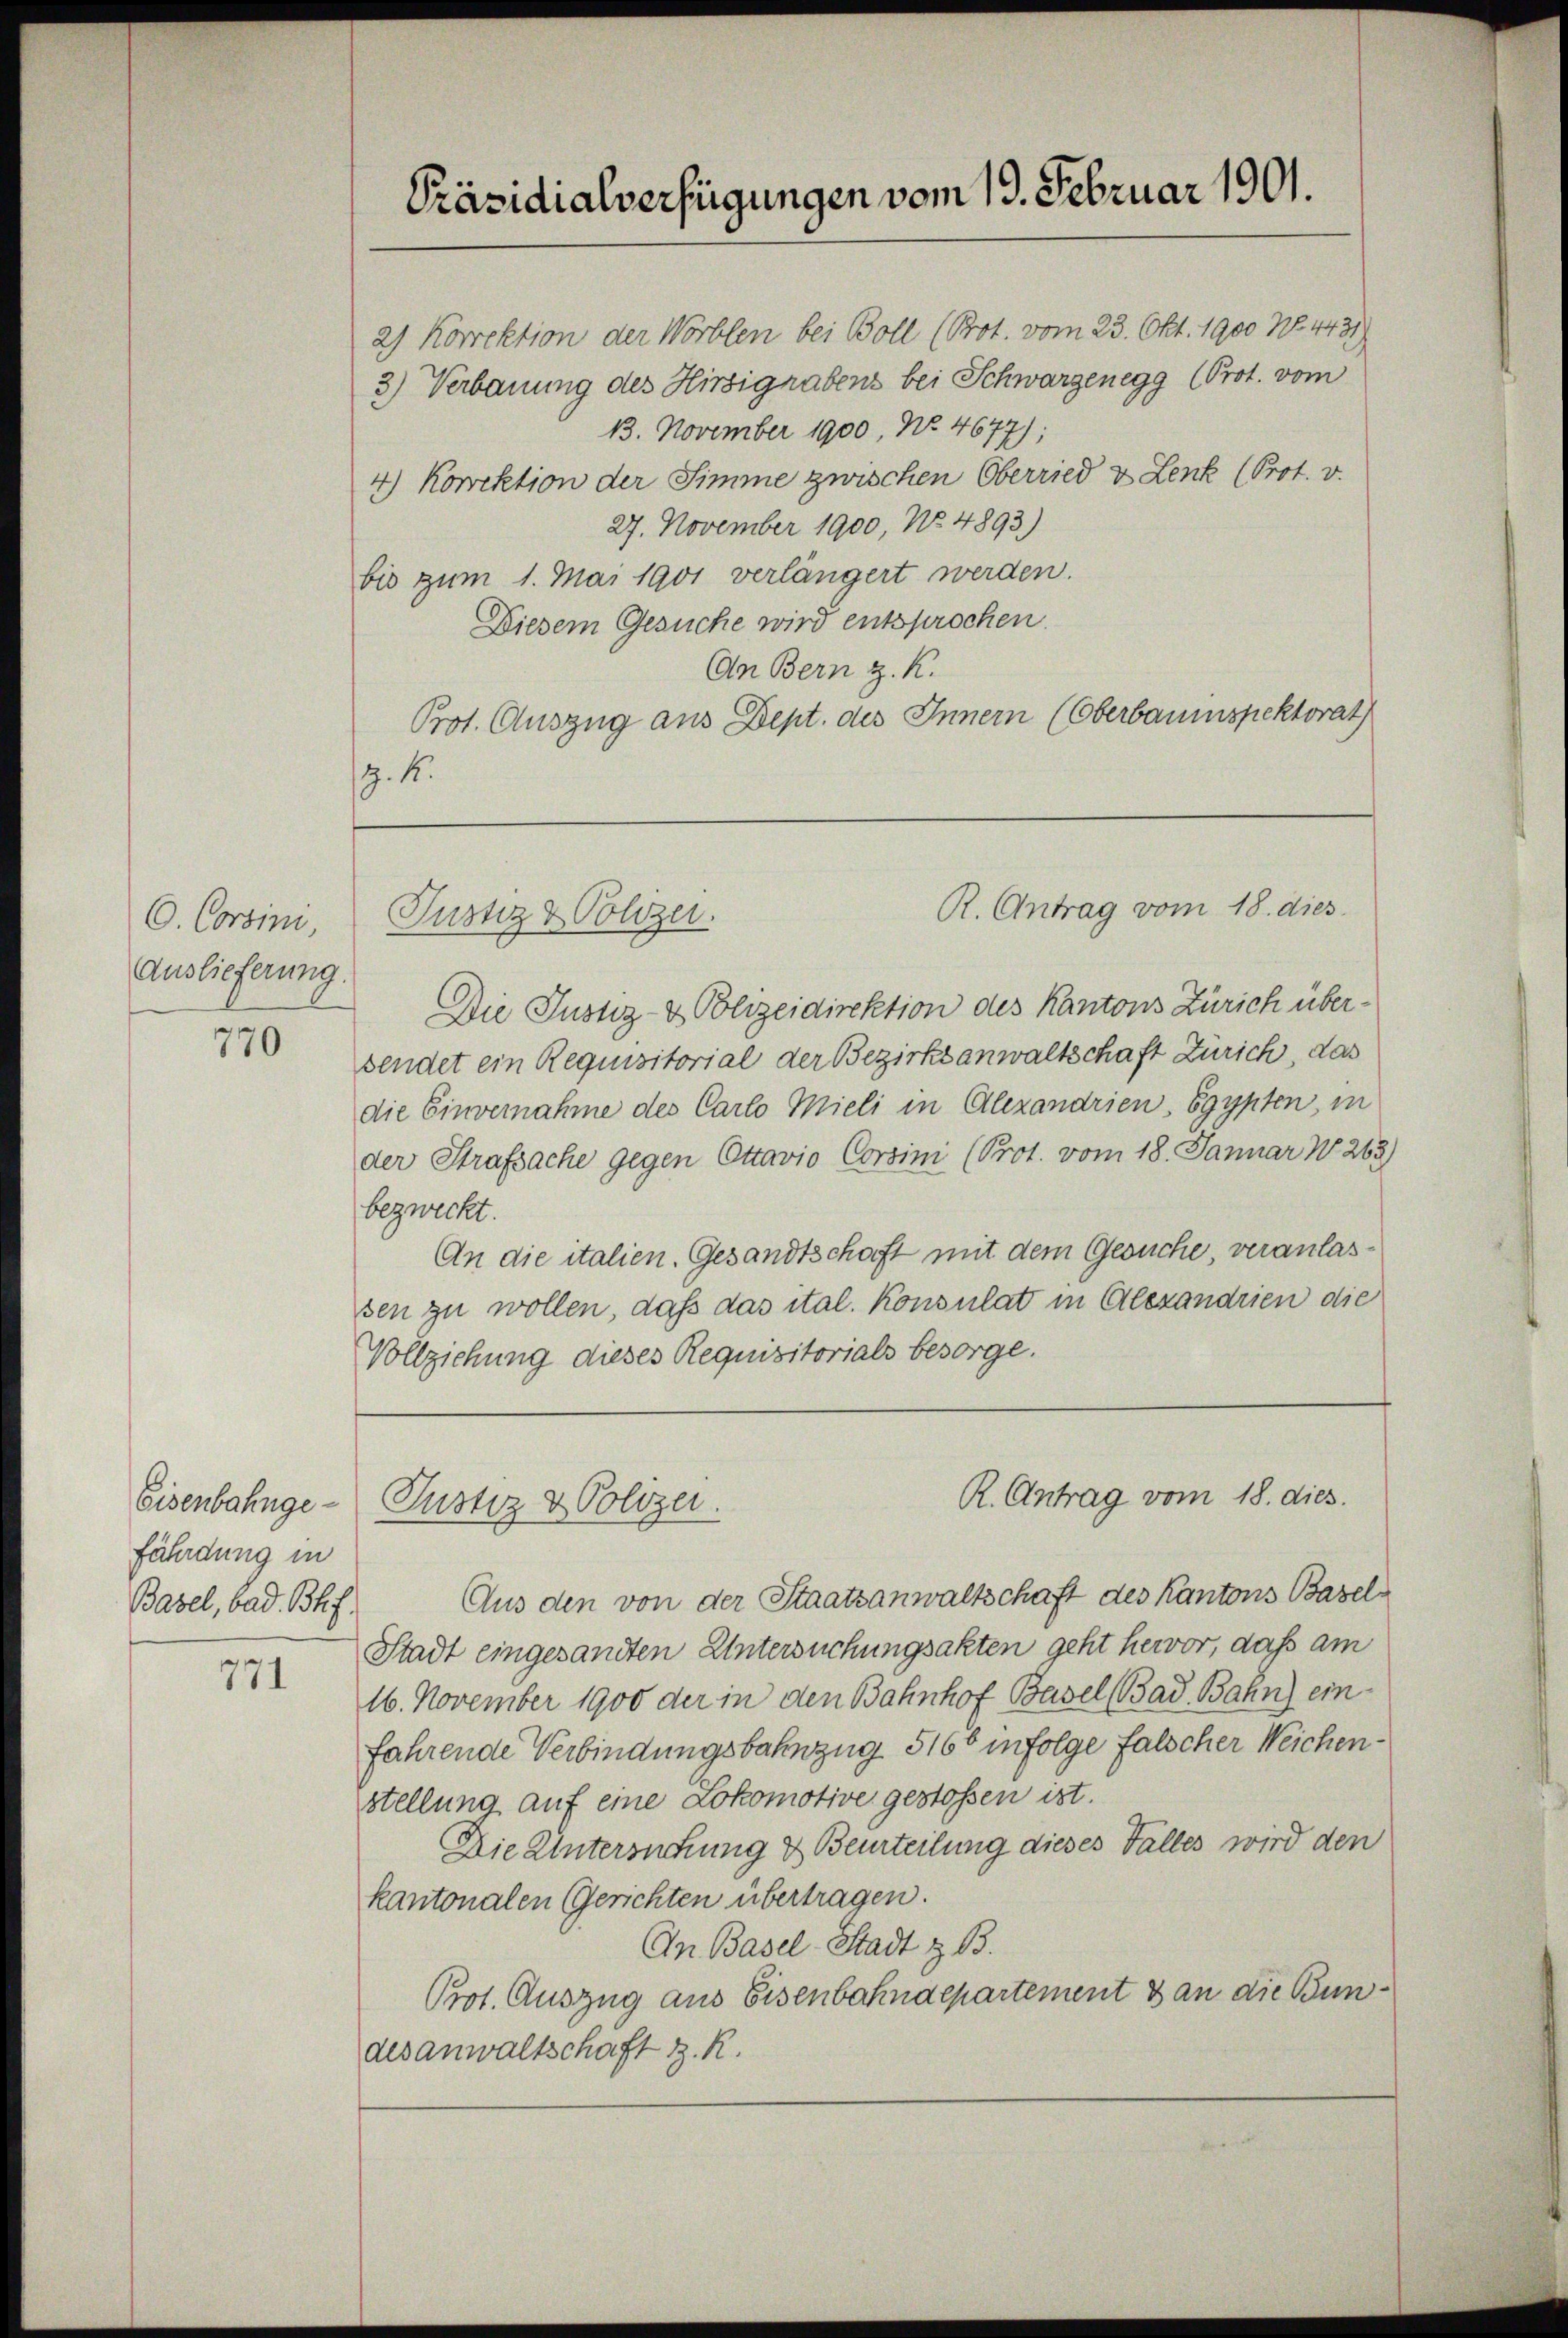
O. Corsini,
Auslieferung.

770

Eisenbahngefährdung in
Basel, bad. Bhf

771

2) Korrektion der Worblen bei Boll (Prot. vom 23. Okt. 1900 No. 4431)
3) Verbauung des Hirsigrabens bei Schwarzenegg (Prot. vom
13. November 1900, No. 4677);
4) Korektion der Simme zwischen Oberried u Lenk (Prot. v.
27. November 1900, No. 4893)
bis zum 1. Mai 1901 verlängert werden.
Diesem Gesuche wird entsprochen.
An Bern z. K.
Prot. Auszug aus Dept. des Innern (Oberbauinspektorat
. 4.

Präsidialverfügungen vom 19. Februar 1901.

Justiz & Polizei.

Justiz & Polizei.

Die Justiz- & Polizeidirektion des Kantons Zürich übersendet ein Requisitorial der Bezirksanwaltschaft Zürich, das
die Einvernahme des Carlo Mieli in Alexandrien, Egypten, in
der Strafsache gegen Ottavio Corsini (Prot. vom 18. Januar No 263)
bezweckt.
An die italien. Gesandtschaft mit dem Gesuche, veranlassen zu wollen, daß das ital. Konsulat in Alexandrien die
Vollziehung dieses Requisitorials besorge.

R. Antrag vom 18. dies

Aus den von der Staatsanwaltschaft des Kantons Basel¬
Stadt eingesandten Untersuchungsakten geht hervor, daß am
16. November 1900 der in den Bahnhof Basel (Bad. Bahn) einfahrende Verbindungsbahnzug 5166 in Folge falscher Weichenstellung auf eine Lokomotive gestossen ist.
Die Untersuchung & Beurteilung dieses Falles wird den
kantonalen Gerichten übertragen.
An. Basel-Stadt z. B.
Prot. Auszug aus Eisenbahndepartement & an die Bundesanwaltschaft z. R.

R. Antrag vom 18. dies